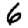
Digit: 6